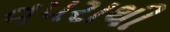
વપરાથી